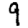
Digit: 9